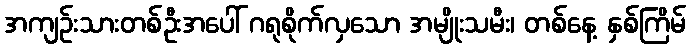
အကျဉ်းသားတစ်ဦးအပေါ် ဂရုစိုက်လှသော အမျိုးသမီး၊ တစ်နေ့ နှစ်ကြိမ်